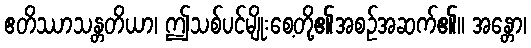
ဧတိဿာသန္တတိယာ၊ ဤသစ်ပင်မျိုးစေ့တို့၏အစဉ်အဆက်၏။ အန္တော၊